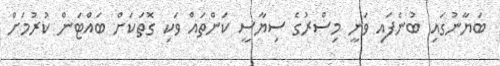
ބަޔާނުގައި ބުނެފައި ވަނީ މިސްރުގެ ސިޔާސީ ކަންތައް ވަކި ގޮތަކަށް ބައްޓަން ކުރުމަށް